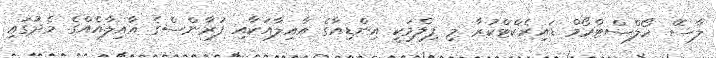
ލާސޭ ހޯލްސްޓްރޯމް ޑައިރެކްޓްކުރާ މި ފިލްމަކީ އިންޑިއާގެ އާއިލާއަކާއި ފުރާންސްގެ އާއިލާއެއްގެ މެދުގައި